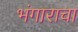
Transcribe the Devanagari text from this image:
भंगाराचा